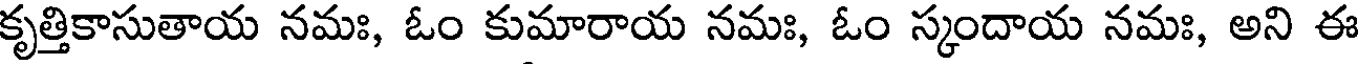
కృత్తికాసుతాయ నమః, ఓం కుమారాయ నమః, ఓం స్కందాయ నమః, అని ఈ